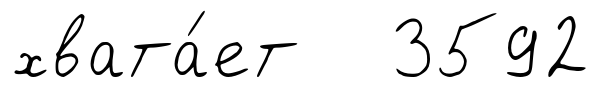
хвата́ет 3592